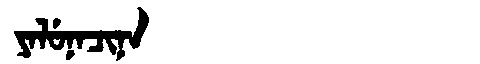
Manchu: ᠶᠠᠯᡠᠨᠠᠴᡳᠨᠠ
Romanization: YALUNACINA